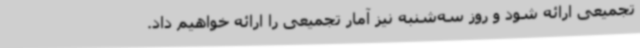
تجمیعی ارائه شود و روز سه‌شنبه نیز آمار تجمیعی را ارائه خواهیم داد.